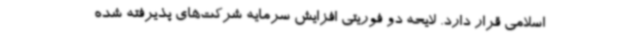
اسلامی قرار دارد. لایحه دو فوریتی افزایش سرمایه شرکت‌های پذیرفته شده